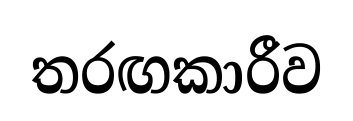
තරඟකාරීව